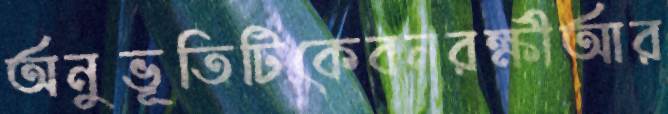
অনুভূতিটিকেবনরক্ষীআর